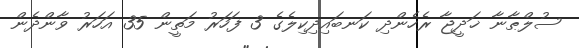
ސުލްޠާނާ ޚަދީޖާ ރެހެންދި ކަނބައިދިކިލެގެ 3 ފަހަރު މަތީން 35 އަހަރު ވާންދެން